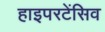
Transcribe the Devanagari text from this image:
हाइपरटेंसिव